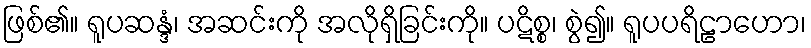
ဖြစ်၏။ ရူပဆန္ဒံ၊ အဆင်းကို အလိုရှိခြင်းကို။ ပဋိစ္စ၊ စွဲ၍။ ရူပပရိဠာဟော၊